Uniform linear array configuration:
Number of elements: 8
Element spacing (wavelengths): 1
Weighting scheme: exponential
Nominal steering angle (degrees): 45
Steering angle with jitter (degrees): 44.951
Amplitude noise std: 0.05
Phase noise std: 0.05

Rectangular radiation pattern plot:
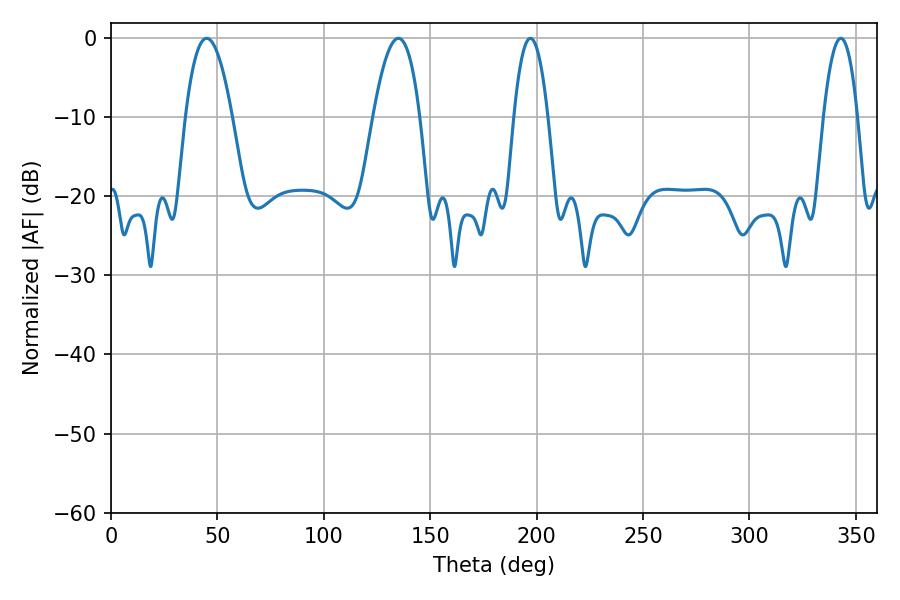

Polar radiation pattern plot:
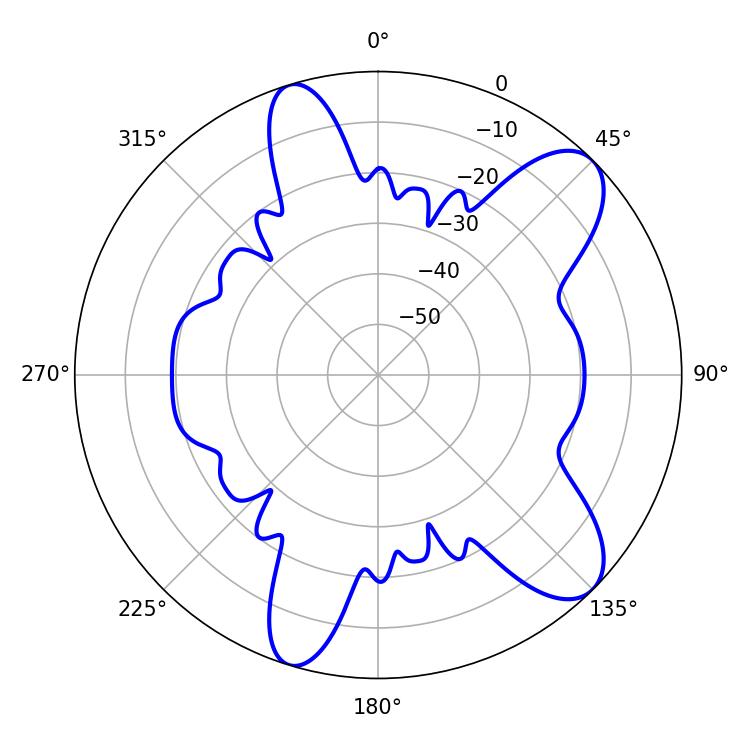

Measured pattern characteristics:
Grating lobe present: TRUE
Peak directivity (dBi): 9.532
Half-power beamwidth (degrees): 8.82
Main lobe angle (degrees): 197.1